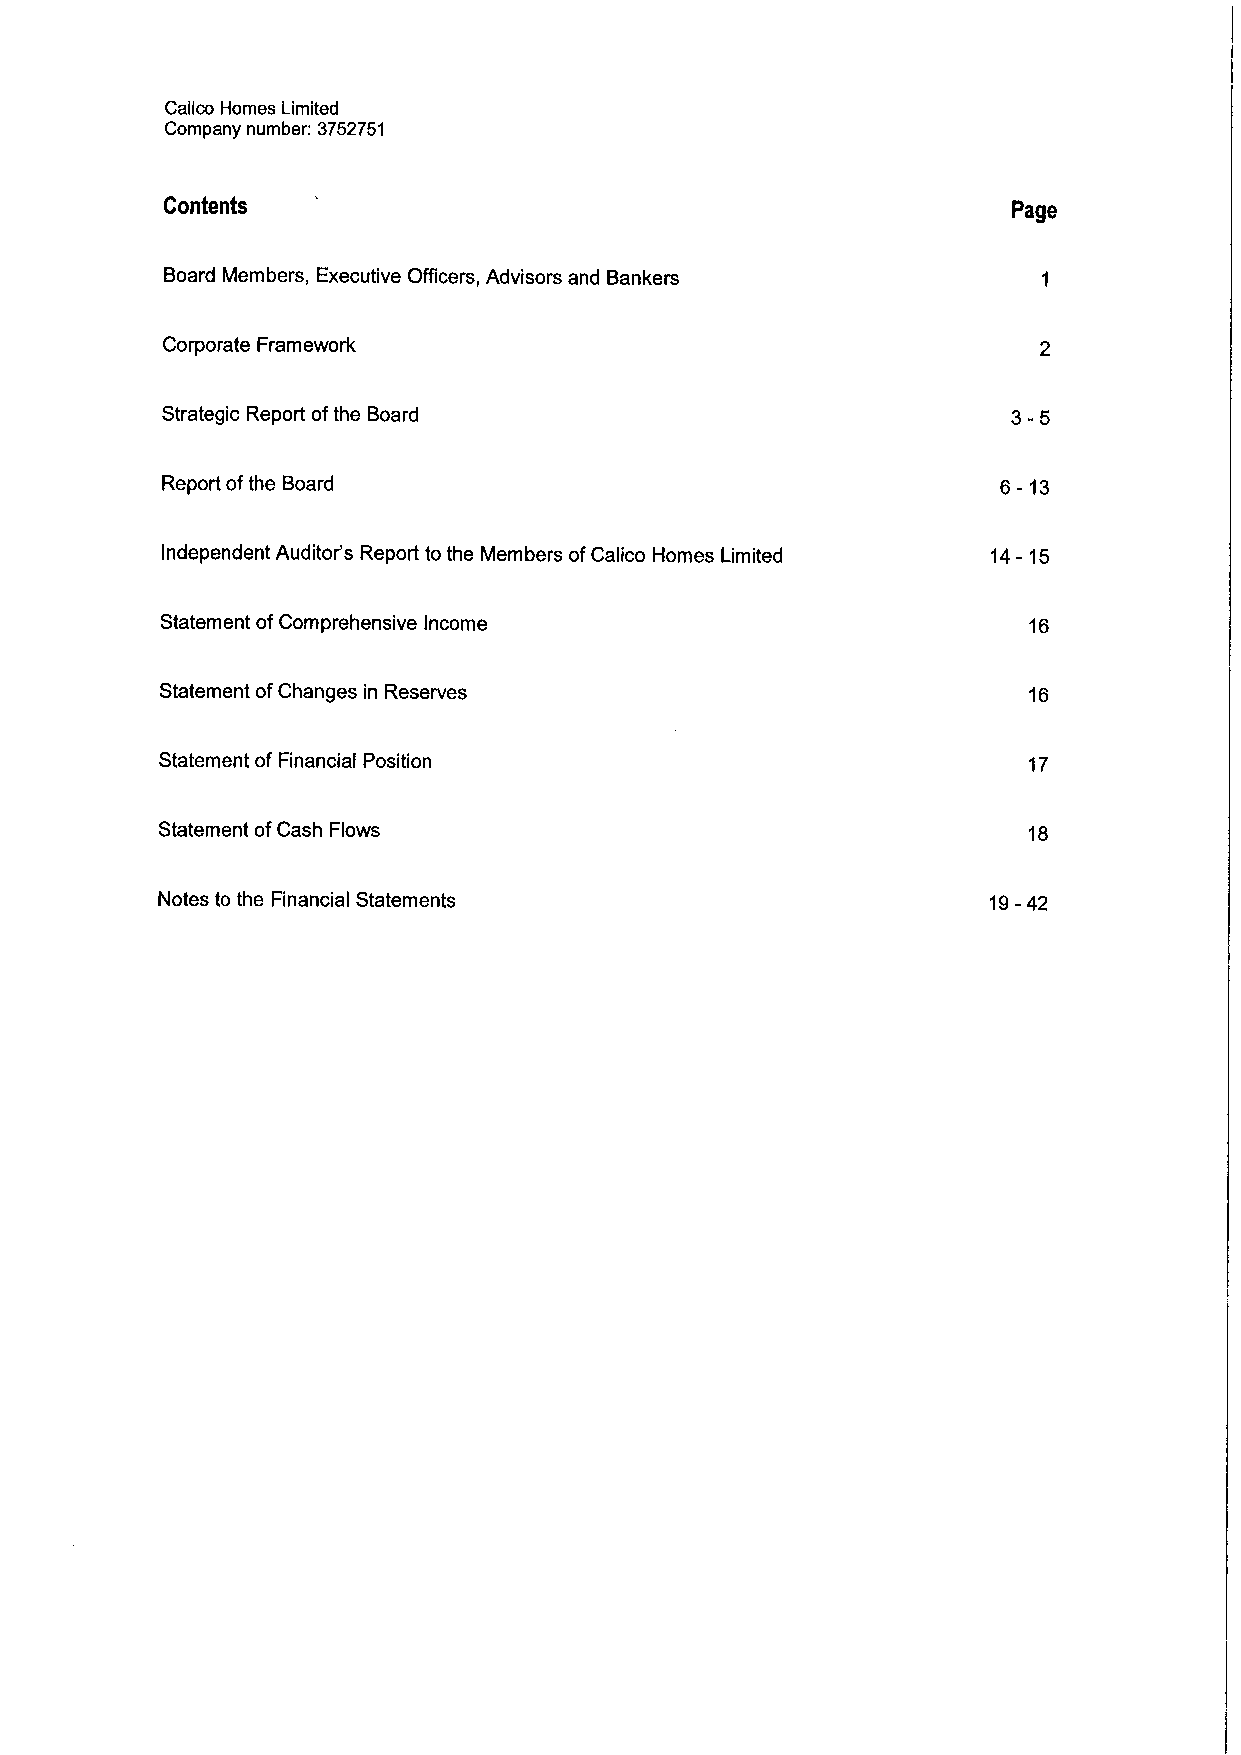
Calico Homes Limited
 Company number: 3752751
 Contents                                                Page
 Board Members, Executive Officers, Advisors and Bankers
 Corporate Framework
 Strategic Report ofthe Board                            3-5
 Report ofthe Board                                     6-13
 Independent Auditor's Report to the Members ofCalico Homes Limited 14-15
 Statement ofComprehensive Income                         16
 Statement ofChanges in Reserves                          16
 Statement of Financial Position                          17
 Statement ofCash Flows                                    18
 Notes to the Financial Statements                      19-42